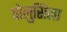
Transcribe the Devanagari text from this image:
वोलुसिला